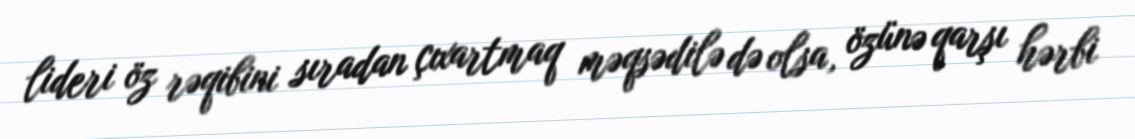
lideri öz rəqibini sıradan çıxartmaq məqsədilə də olsa, özünə qarşı hərbi